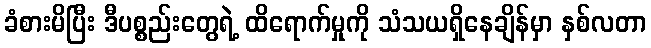
ခံစားမိပြီး ဒီပစ္စည်းတွေရဲ့ ထိရောက်မှုကို သံသယရှိနေချိန်မှာ နှစ်လတာ